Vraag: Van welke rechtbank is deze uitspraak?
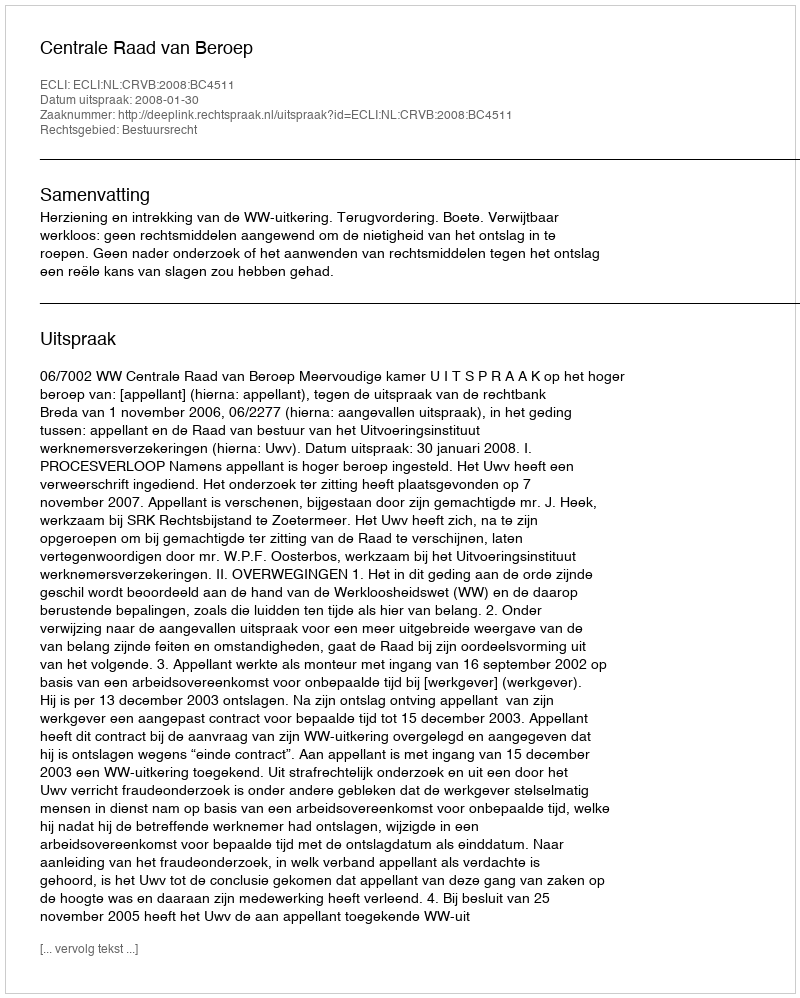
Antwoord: Centrale Raad van Beroep